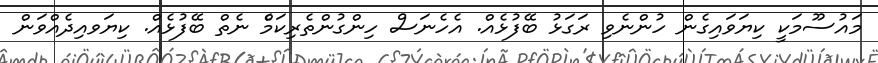
މައުސޫމަކީ ކިޔަވައިގެން ހުންނެވި ރަގަޅު ބޭފުޅެއް. އެހެނަސް ހިންގުންތެރިކަމެް ނެތް ބޭފުޅެއް. ކިޔަވއިދެއްވަން